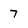
Character: 7